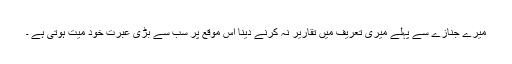
میرے جنازے سے پہلے میری تعریف میں تقاریر نہ کرنے دینا اس موقع پر سب سے بڑی عبرت خود میت ہوتی ہے ۔